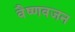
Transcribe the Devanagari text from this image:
वैष्णवजन